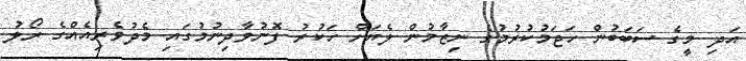
އަދި މީގެ ސަބަބުން ހަޖަމުކުރުމުގެ ނިޒާމުން ލެޔަށް ހަކުރު ފޮނުވާދިނުމުގައި މެދުވެރިއެއްގެ ރޯލު